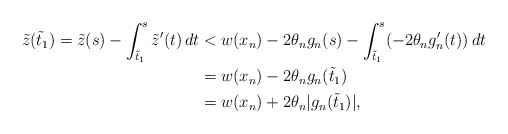
\begin{align*}\tilde{z}(\tilde{t}_1) = \tilde{z}(s) - \int_{\tilde{t}_1}^{s} \tilde{z}'(t) \,dt & < w(x_n) -2 \theta_n g_n (s) - \int_{\tilde{t}_1}^{s} (-2 \theta_n g_n'(t)) \,dt \\& = w(x_n) -2 \theta_n g_n (\tilde{t}_1) \\& = w(x_n) + 2 \theta_n |g_n(\tilde{t}_1)|,\end{align*}